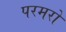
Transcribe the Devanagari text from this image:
परमरों